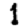
Digit: 1